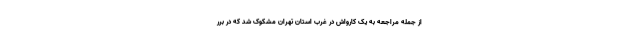
از جمله مراجعه به یک کارواش در غرب استان تهران مشکوک شد که در برر